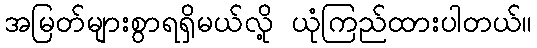
အမြတ်များစွာရရှိမယ်လို့ ယုံကြည်ထားပါတယ်။